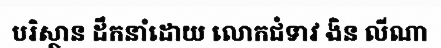
បរិស្ថាន ដឹកនាំដោយ លោកជំទាវ ងិន លីណា